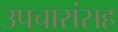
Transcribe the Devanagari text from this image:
उपचारांसह